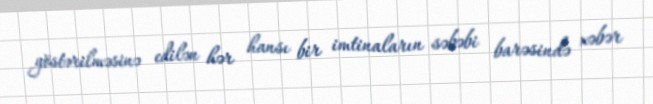
göstərilməsinə edilən hər hansı bir imtinaların səbəbi barəsində xəbər